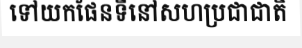
ទៅយកផែនទីនៅសហប្រជាជាតិ